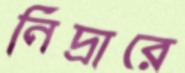
নিদ্রারে